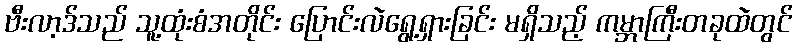
ဗီးလာ့ဒ်သည် သူ့ထုံးစံအတိုင်း ပြောင်းလဲရွေ့ရှားခြင်း မရှိသည့် ကမ္ဘာကြီးတခုထဲတွင်